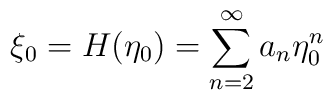
\xi_0 = H(\eta_0) = \sum^{\infty}_{n=2} a_n\eta^n_0